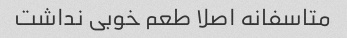
متاسفانه اصلا طعم خوبی نداشت